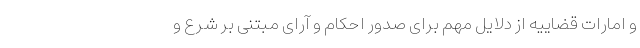
و امارات قضاییه از دلایل مهم برای صدور احکام و آرای مبتنی بر شرع و